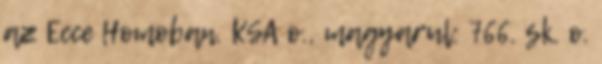
az Ecce Homoban. KSA o., magyarul: 766. sk. o.